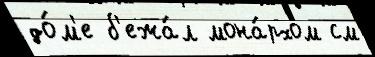
до́м'е б'ежа́л мона́рхом см